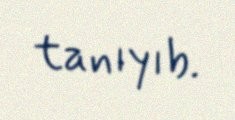
tanıyıb.